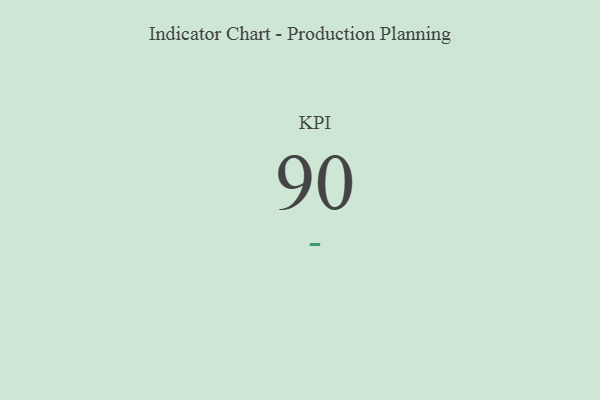
{"axis": {"x": "KPI", "y": "Value"}, "legend": [""], "data": [{"x": "KPI", "y": 90, "type": ""}]}